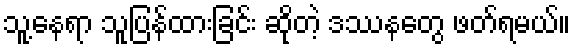
သူ့နေရာ သူပြန်ထားခြင်း ဆိုတဲ့ ဒဿနတွေ ဖတ်ရမယ်။